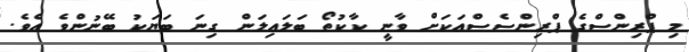
މި ޕްރިންސްގެ ޕްރިންސެސްއަކަށް ވާނީ ކާކުތޯ ބަލައިލަން ގިނަ ބަޔަކު ބޭނުންވެ އެވެ.